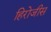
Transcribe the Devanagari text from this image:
हिरोजीस